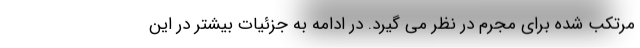
مرتکب شده برای مجرم در نظر می گیرد. در ادامه به جزئیات بیشتر در این